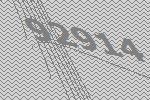
92914